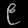
Digit: ၉